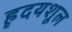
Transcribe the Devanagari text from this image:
हृदयशूल